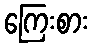
ကြေးစား